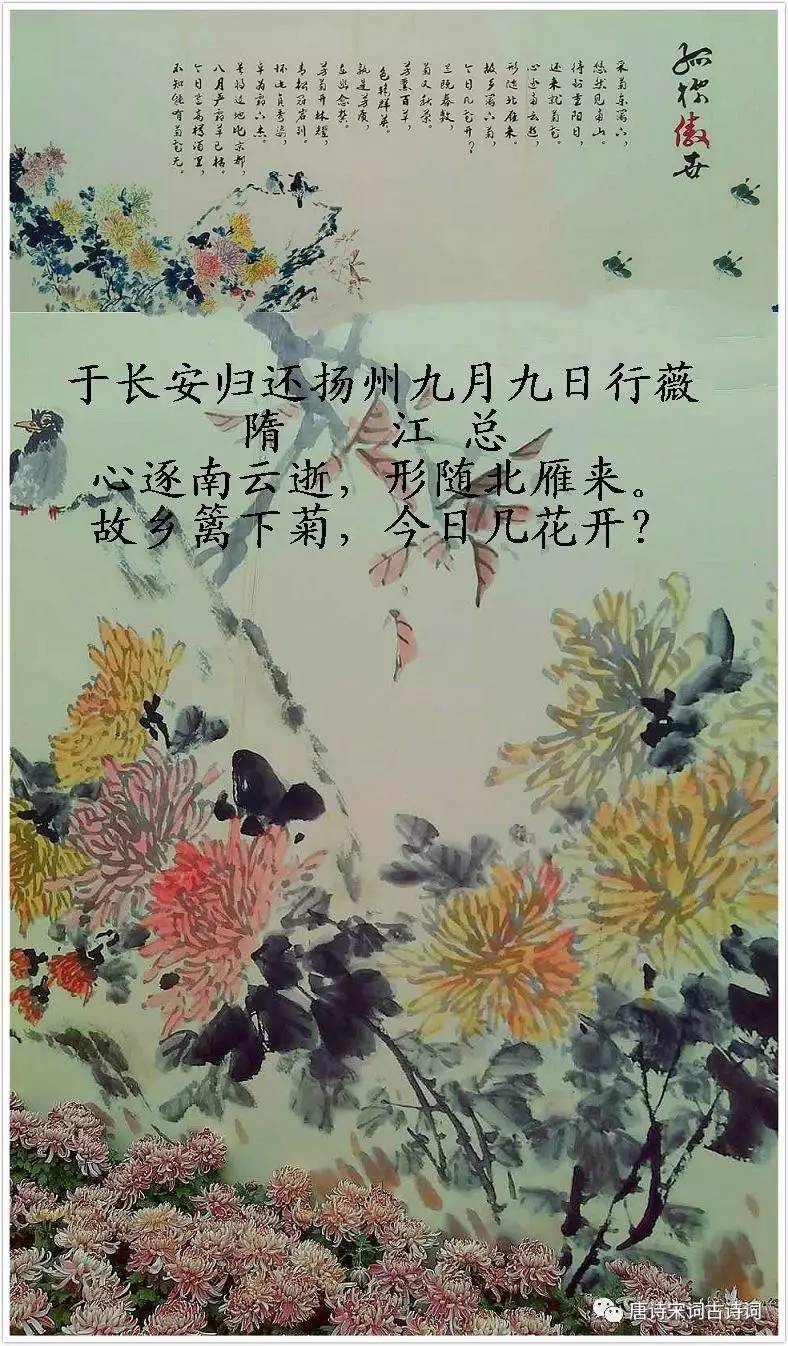
故乡篱下菊，今日几花开。